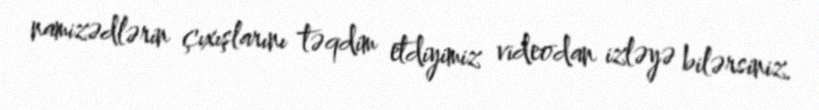
namizədlərin çıxışlarını təqdim etdiyimiz videodan izləyə bilərsiniz.